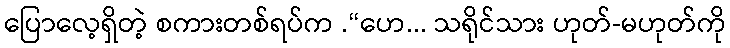
ပြောလေ့ရှိတဲ့ စကားတစ်ရပ်က .“ဟေ... သရိုင်သား ဟုတ်-မဟုတ်ကို